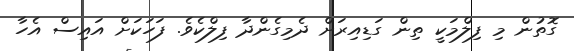
ގޮތުން މި ފިލްމަކީ ތިން ގަޑިއިރަށް ދެމިގެންދާ ފިލްކެވެ. ފަހަކަށް އައިސް އެހާ